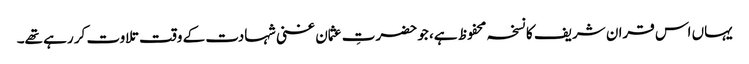
یہاں اس قران شریف کا نسخہ محفوظ ہے، جو حضرتِ عثمان غنی شہادت کے وقت تلاوت کر رہے تھے۔